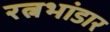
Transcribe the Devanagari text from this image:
रत्नभांडार